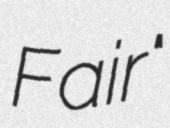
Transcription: Fair"